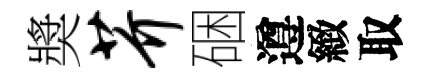
奬芥硱遵緻取